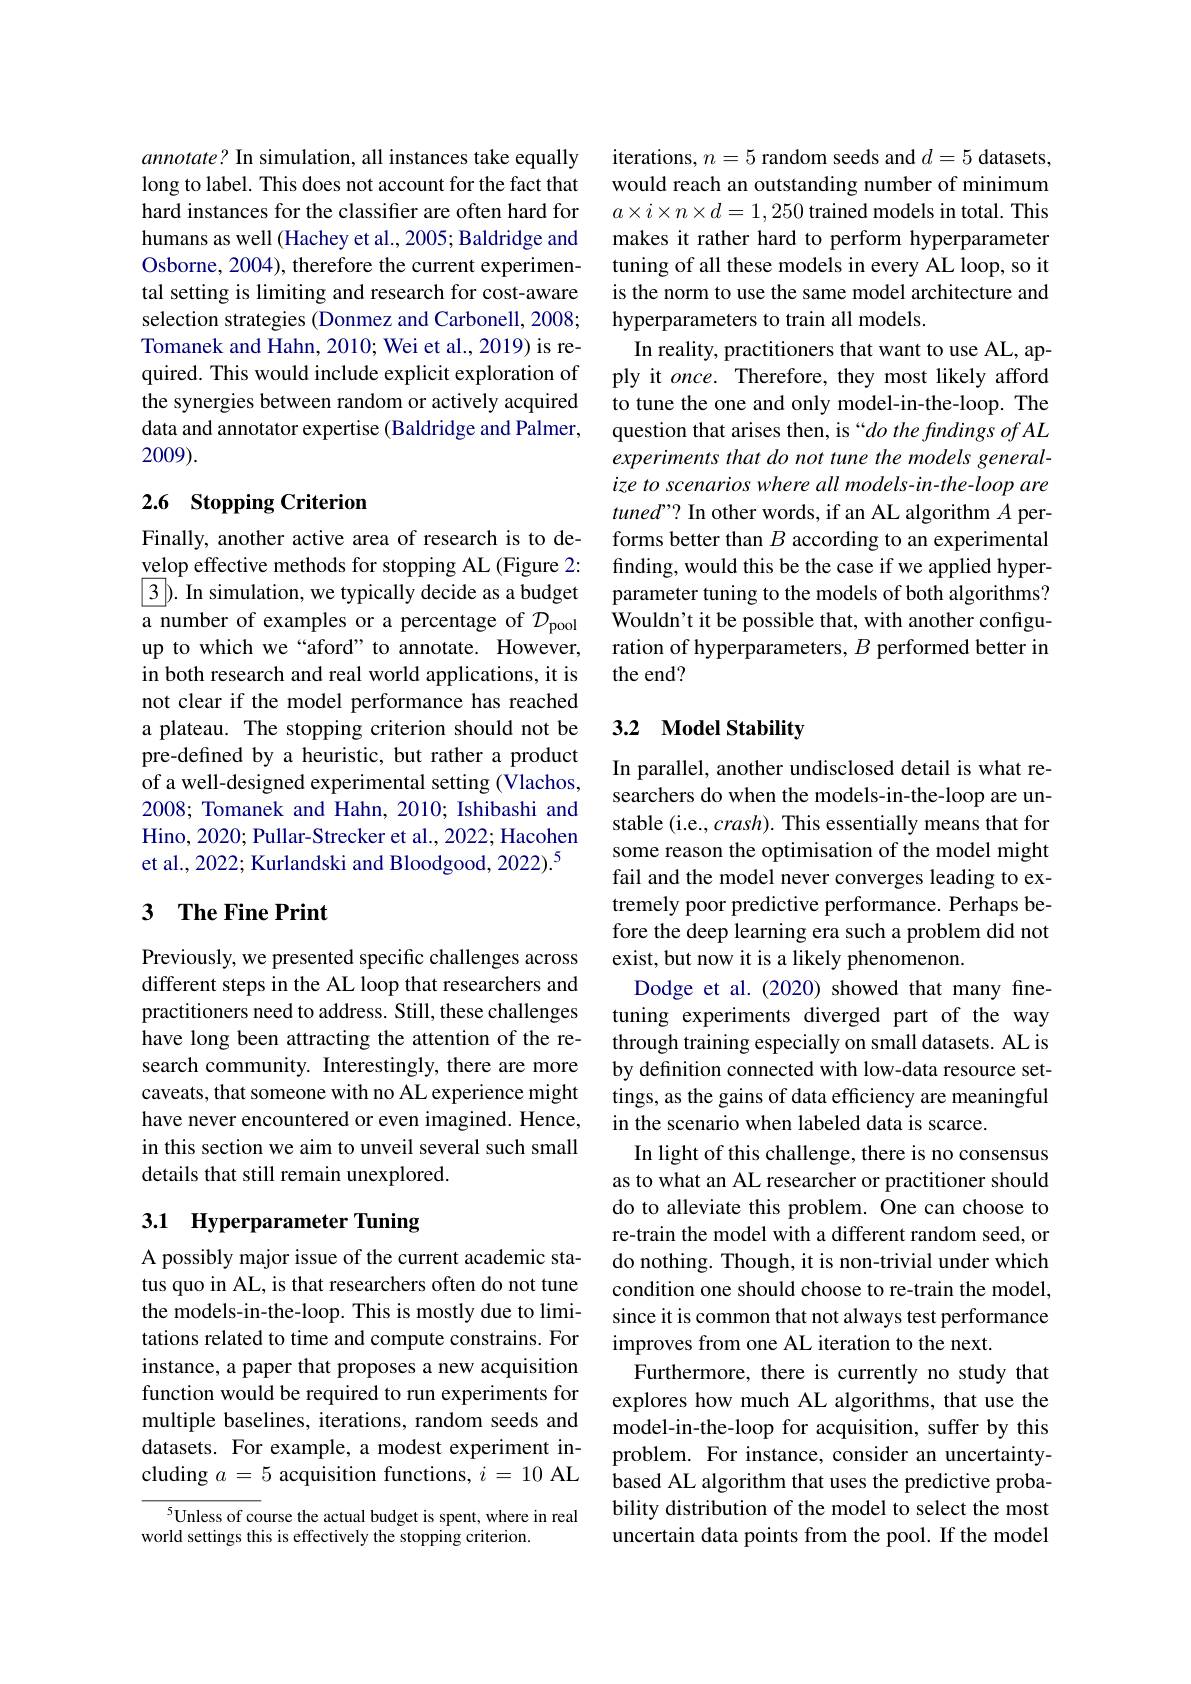
annotate? In simulation, all instances take equally long to label. This does not account for the fact that hard instances for the classifier are often hard for humans as well (Hachey et al., 2005; Baldridge and Osborne, 2004), therefore the current experimental setting is limiting and research for cost-aware selection strategies (Donmez and Carbonell, 2008; Tomanek and Hahn, 2010; Wei et al., 2019) is required. This would include explicit exploration of the synergies between random or actively acquired data and annotator expertise (Baldridge and Palmer, 2009).

## 2.6 Stopping Criterion

Finally, another active area of research is to develop effective methods for stopping AL (Figure 2: $\boxed{3}$). In simulation, we typically decide as a budget a number of examples or a percentage of $\mathcal{D}_\mathrm{pool}$ up to which we “aford” to annotate. However, in both research and real world applications, it is not clear if the model performance has reached a plateau. The stopping criterion should not be pre-defined by a heuristic, but rather a product of a well-designed experimental setting (Vlachos, 2008; Tomanek and Hahn, 2010; Ishibashi and Hino, 2020; Pullar-Strecker et al., 2022; Hacohen et al., 2022; Kurlandski and Bloodgood, 2022).$^{5}$

## 3 $\textbf{The Fine Print}$

Previously, we presented specific challenges across different steps in the AL loop that researchers and practitioners need to address. Still, these challenges have long been attracting the attention of the research community. Interestingly, there are more caveats, that someone with no AL experience might have never encountered or even imagined. Hence, in this section we aim to unveil several such small details that still remain unexplored.

## 3.1 Hyperparameter Tuning

A possibly major issue of the current academic status quo in AL, is that researchers often do not tune the models-in-the-loop. This is mostly due to limitations related to time and compute constrains. For instance, a paper that proposes a new acquisition function would be required to run experiments for multiple baselines, iterations, random seeds and datasets. For example, a modest experiment including $a=5$ acquisition functions, $i=10$ AL

$^{5}$Unless of course the actual budget is spent, where in real
world settings this is effectively the stopping criterion.

iterations, $n=5$ random seeds and $d=5$ datasets, would reach an outstanding number of minimum $a\times i\times n\times d=1,250$ trained models in total. This makes it rather hard to perform hyperparameter tuning of all these models in every AL loop, so it is the norm to use the same model architecture and hyperparameters to train all models.
In reality, practitioners that want to use AL, apply it once. Therefore, they most likely afford to tune the one and only model-in-the-loop. The question that arises then, is“do the findings of AL experiments that do not tune the models generalize to scenarios where all models-in-the- loop are $tuned”?$ In other words, if an AL algorithm $A$ performs better than $B$ according to an experimental finding, would this be the case if we applied hyperparameter tuning to the models of both algorithms? Wouldn't it be possible that, with another configuration of hyperparameters, $B$ performed better in the end?

## 3.2 Model Stability

In parallel, another undisclosed detail is what researchers do when the models-in-the-loop are unstable (i.e., $crash).$ This essentially means that for some reason the optimisation of the model might fail and the model never converges leading to extremely poor predictive performance. Perhaps before the deep learning era such a problem did not exist, but now it is a likely phenomenon.
Dodge et al.(2020) showed that many finetuning experiments diverged part of the way through training especially on small datasets. AL is by definition connected with low-data resource settings, as the gains of data efficiency are meaningful in the scenario when labeled data is scarce.
In light of this challenge, there is no consensus as to what an AL researcher or practitioner should do to alleviate this problem. One can choose to re-train the model with a different random seed, or do nothing. Though, it is non-trivial under which condition one should choose to re-train the model, since it is common that not always test performance improves from one AL iteration to the next.
Furthermore, there is currently no study that explores how much AL algorithms, that use the model-in-the-loop for acquisition, suffer by this problem. For instance, consider an uncertaintybased AL algorithm that uses the predictive probability distribution of the model to select the most uncertain data points from the pool. If the model